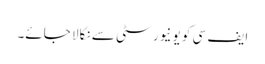
ایف سی کو یونیورسٹی سے نکالا جائے۔